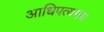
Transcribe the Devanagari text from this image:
आधिपत्यमय